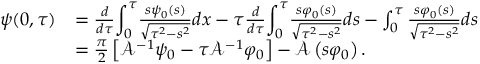
\begin{array} { r l } { \psi ( 0 , \tau ) } & { = \frac { d } { d \tau } { \displaystyle \int _ { 0 } ^ { \tau } } \frac { s \psi _ { 0 } \left( s \right) } { \sqrt { \tau ^ { 2 } - s ^ { 2 } } } d x - \tau \frac { d } { d \tau } { \displaystyle \int _ { 0 } ^ { \tau } } \frac { s \varphi _ { 0 } ( s ) } { \sqrt { \tau ^ { 2 } - s ^ { 2 } } } d s - \int _ { 0 } ^ { \tau } \frac { s \varphi _ { 0 } ( s ) } { \sqrt { \tau ^ { 2 } - s ^ { 2 } } } d s } \\ & { = \frac { \pi } { 2 } \left[ \mathcal { A } ^ { - 1 } \psi _ { 0 } - \tau \mathcal { A } ^ { - 1 } \varphi _ { 0 } \right] - \mathcal { A } \left( s \varphi _ { 0 } \right) . } \end{array}